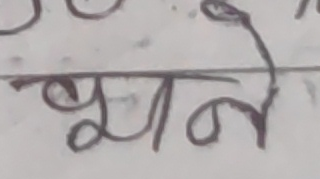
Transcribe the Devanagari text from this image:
भूने